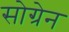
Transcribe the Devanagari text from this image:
सोग्रेन